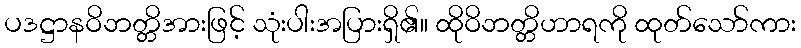
ပဒဋ္ဌာနဝိဘတ္တိအားဖြင့် သုံးပါးအပြားရှိ၏။ ထိုဝိဘတ္တိဟာရကို ထုတ်သော်ကား